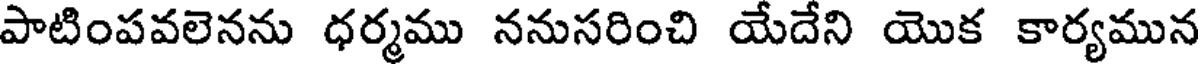
పాటింపవలెనను ధర్మము ననుసరించి యేదేని యొక కార్యమున